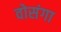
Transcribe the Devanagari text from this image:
वोसंगा